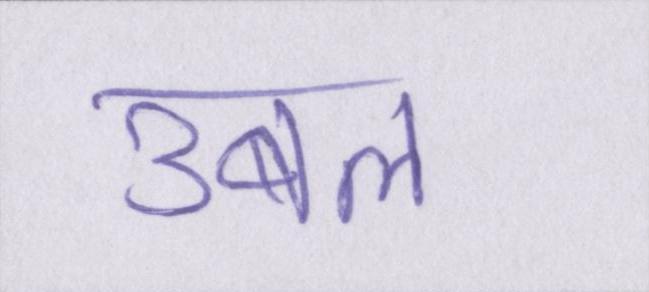
उबल